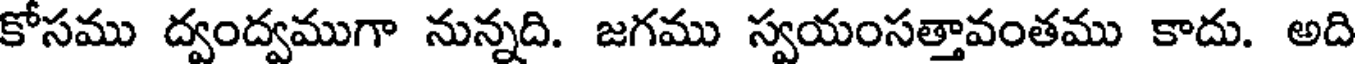
కోసము ద్వంద్వముగా నున్నది. జగము స్వయంసత్తావంతము కాదు. అది